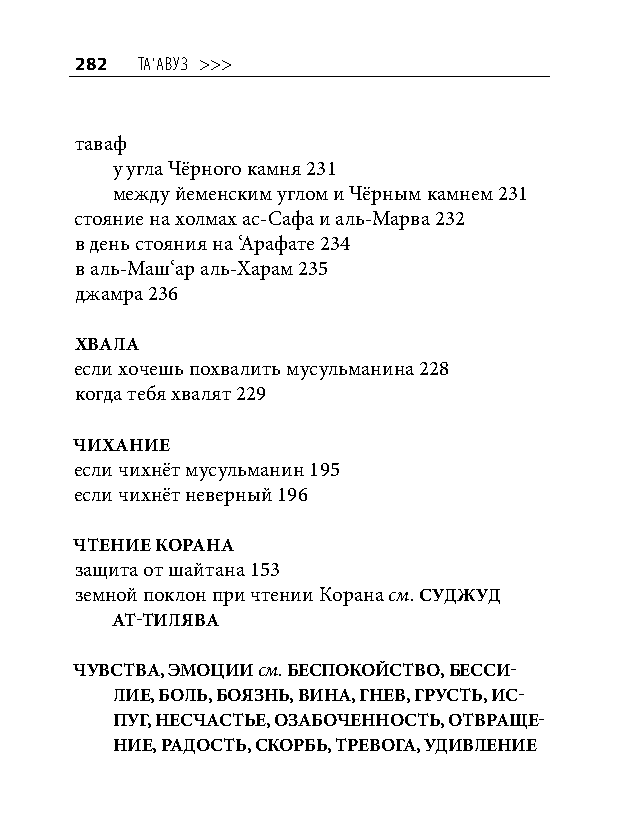
282 та‘авуз >>>
 таваф
 у угла Чёрного камня 231
 между йеменским углом и Чёрным камнем 231
 стояние на холмах ас-Сафа и аль-Марва 232
 в день стояния на ‘Арафате 234
 в аль-Маш‘ар аль-Харам 235
 джамра 236
 ХВАЛА
 если хочешь похвалить мусульманина 228
 когда тебя хвалят 229
 чИХАНИЕ
 если чихнёт мусульманин 195
 если чихнёт неверный 196
 чТЕНИЕ КОРАНА
 защита от шайтана 153
 земной поклон при чтении Корана см. СУДЖУД
 АТ-ТИЛЯВА
 чУВСТВА, ЭМОЦИИ см. БЕСПОКОйСТВО, БЕССИ-
 ЛИЕ, БОЛь, БОЯЗНь, ВИНА, ГНЕВ, ГРУСТь, ИС-
 ПУГ, НЕСчАСТьЕ, ОЗАБОчЕННОСТь, ОТВРАщЕ-
 НИЕ, РАДОСТь, СКОРБь, ТРЕВОГА, УДИВЛЕНИЕ